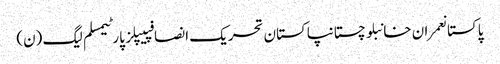
پاکستانعمران خانبلوچستانپاکستان تحریک انصافپیپلز پارٹیمسلم لیگ (ن)